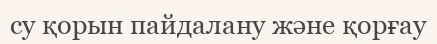
су қорын пайдалану және қорғау